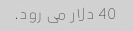
40 دلار می رود.